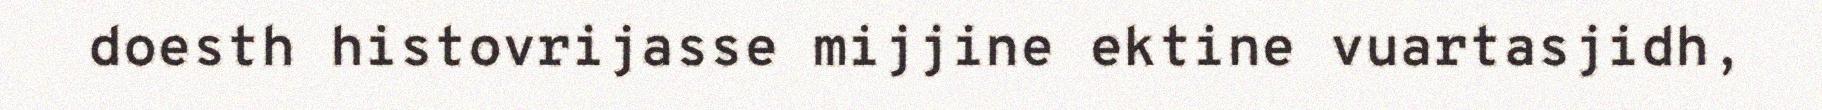
doesth histovrijasse mijjine ektine vuartasjidh,